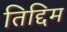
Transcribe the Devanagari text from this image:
तिद्दिम